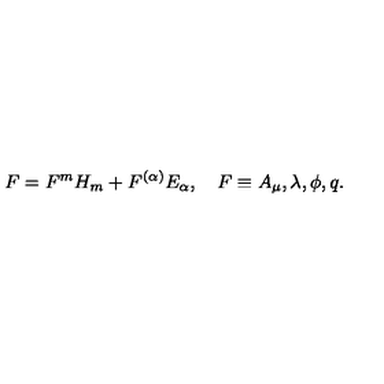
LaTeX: F = F ^ { m } H _ { m } + F ^ { ( \alpha ) } E _ { \alpha } , \quad F \equiv A _ { \mu } , \lambda , \phi , q .